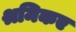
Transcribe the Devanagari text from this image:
श्रमिकए